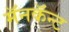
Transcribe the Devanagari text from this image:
मॅनकॅन्ट